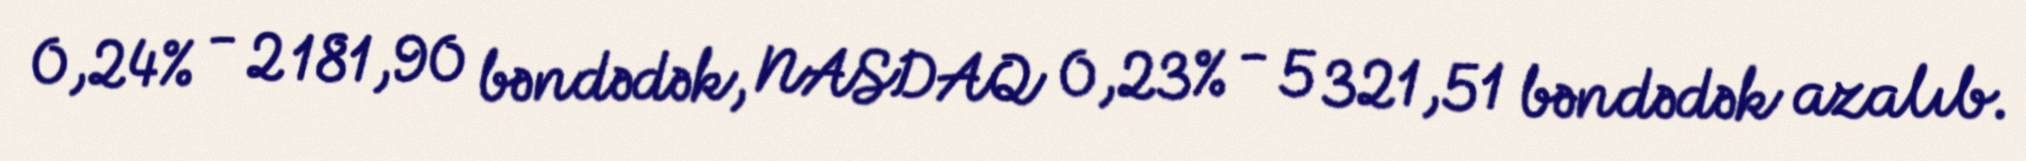
0,24% - 2 181,90 bəndədək, NASDAQ 0,23% - 5 321,51 bəndədək azalıb.